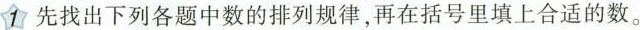
1 先找出下列各题中数的排列规律，再在括号里填上合适的数。